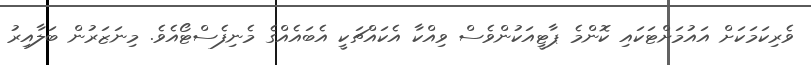
ވެރިކަމަކަށް އައުމަށްޓަކައި ކޮންމެ ޕާޓީއަކުންވެސް ވިއްކާ އެކައްޗަކީ އެބައެއްގެ މެނިފެސްޓޯއެވެ. މިނަޒަރުން ބަލާއިރު